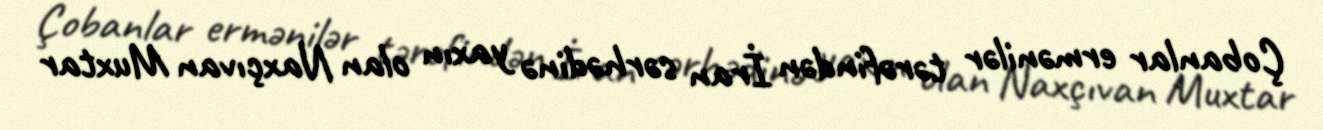
Çobanlar ermənilər tərəfindən İran sərhədinə yaxın olan Naxçıvan Muxtar